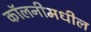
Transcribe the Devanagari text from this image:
कॉलनीमधील